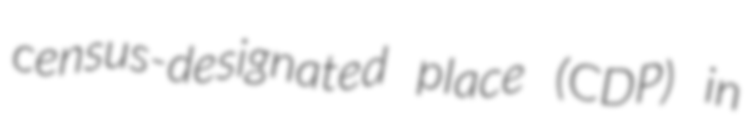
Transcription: census-designated place (CDP) in